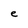
Character: e